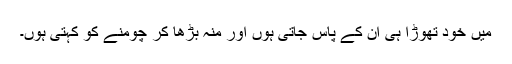
میں خود تھوڑا ہی ان کے پاس جاتی ہوں اور منہ بڑھا کر چومنے کو کہتی ہُوں۔